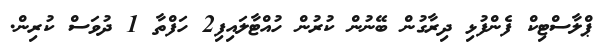
ޕްލާސްޓިކް ފެންފުޅި ދިރާގުން ބޭނުން ކުރުން ހުއްޓާލައިފި2 ހަފްތާ 1 ދުވަސް ކުރިން.